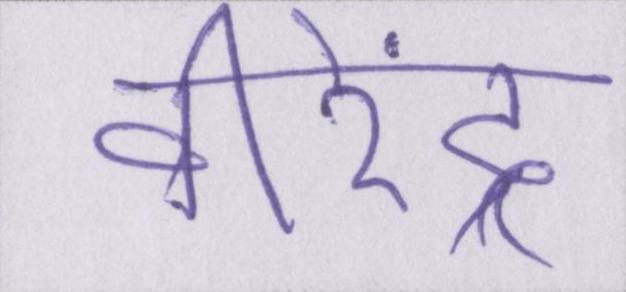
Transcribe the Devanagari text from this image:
वीरेंद्र